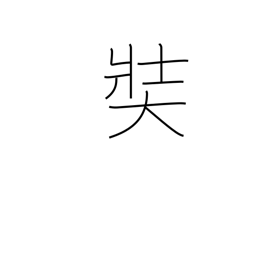
Meaning: large